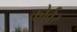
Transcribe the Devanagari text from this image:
कोर्वर